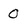
Character: 0